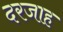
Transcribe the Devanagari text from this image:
दरजाह